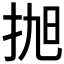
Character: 𢬐